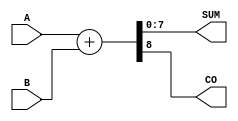
module ParametrizedAdder #(
    parameter WIDTH = 8 // Default bit width is 8 bits
)(
    input  wire [WIDTH-1:0] A,     // Input A
    input  wire [WIDTH-1:0] B,     // Input B
    output wire [WIDTH-1:0] SUM,    // Output SUM
    output wire                CO     // Carry Out
);

    // Perform addition
    assign {CO, SUM} = A + B; // SUM will hold the result, CO will hold the carry out

endmodule